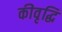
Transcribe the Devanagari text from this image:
कीवृद्धि